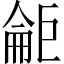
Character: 𱜘